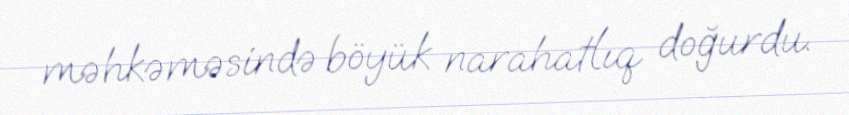
məhkəməsində böyük narahatlıq doğurdu.